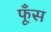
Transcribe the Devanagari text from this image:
फूँस